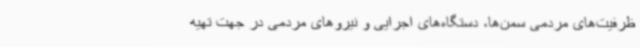
ظرفیت‌های مردمی سمن‌ها، دستگاه‌های اجرایی و نیروهای مردمی در جهت تهیه